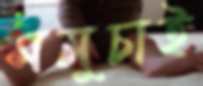
সমুচাই